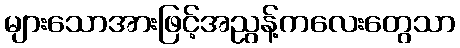
များသောအားဖြင့်အညွန့်ကလေးတွေသာ